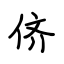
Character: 侪